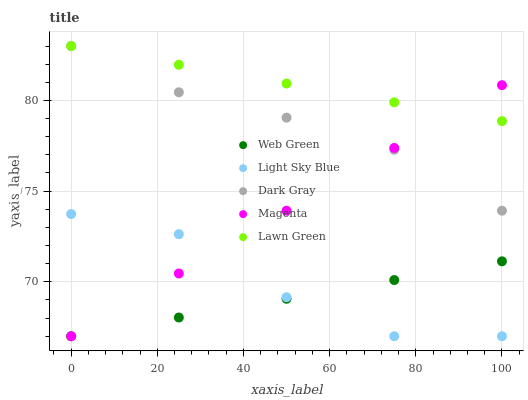
| xaxis_label | Web Green | Light Sky Blue | Dark Gray | Magenta | Lawn Green |
 | --- | --- | --- | --- | --- | --- |
 | 0 | 67 | 73.7 | 83 | 67 | 83 |
 | 25 | 68 | 72.6 | 80.4 | 70.5 | 82 |
 | 50 | 69.1 | 69.2 | 79.1 | 73.9 | 80.9 |
 | 75 | 70.1 | 67 | 77.3 | 77.4 | 79.9 |
 | 100 | 71.1 | 67 | 73.9 | 80.8 | 78.9 |